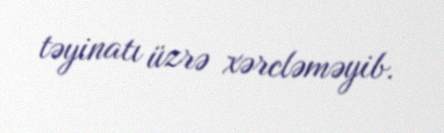
təyinatı üzrə xərcləməyib.